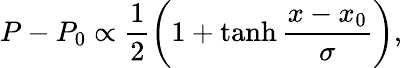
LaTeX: P-P_{0}\propto\frac{1}{2}\left(1+\operatorname{tanh}\frac{x-x_{0}}{\sigma}\right),